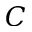
C